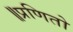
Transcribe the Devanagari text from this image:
॥प्रणितो